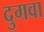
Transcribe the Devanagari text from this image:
दुगवा